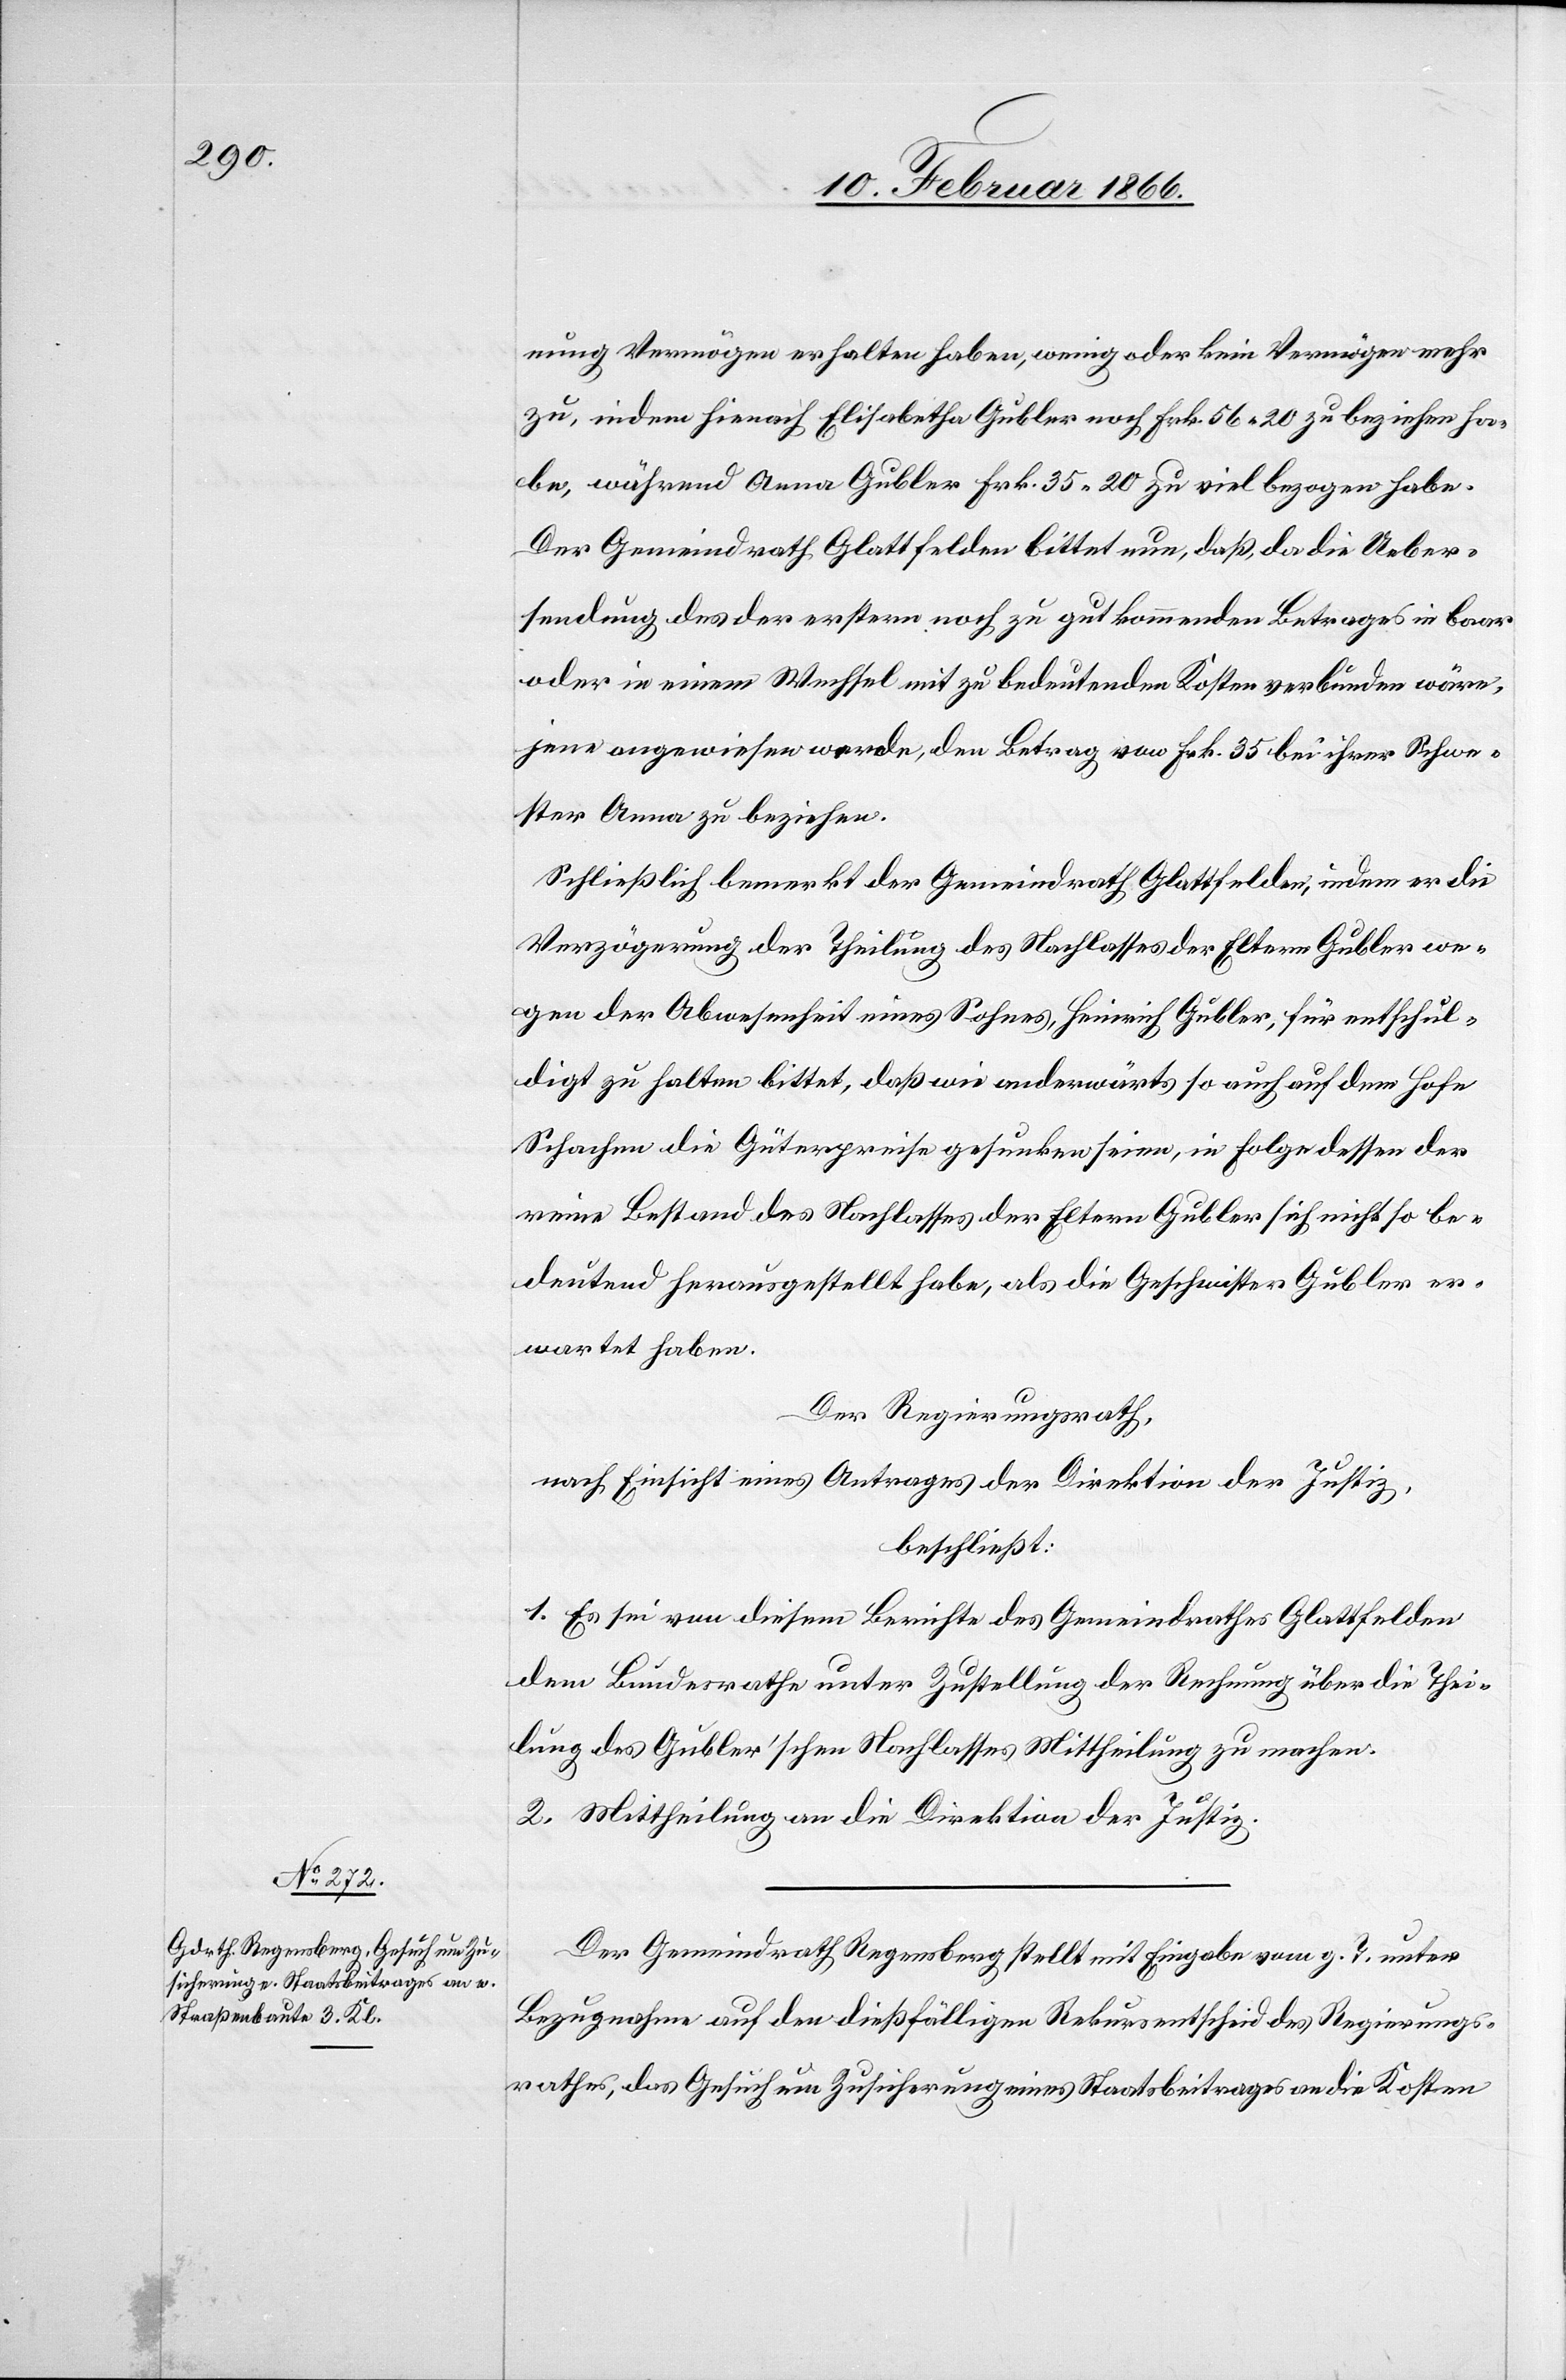
21. Februar 1866.]
nung Vermögen erhalten haben, wenig oder kein Vermögen mehr
zu, indem hierauf Elisabetha Gubler noch Frk. 56, 20 zu beziehen ha¬
be, während Anna Gubler Frk. 35, 20 zu viel bezogen habe.
Der Gemeindrath Glattfelden bittet nun, da die Ueber¬
sendung des der erstern noch zu gut kommenden Betrages in baar
oder einem Wechsel mit zu bedeutenden Kosten verbunden wäre,
jene angewiesen werde, den Betrag von Frk. 35 bei ihrer Schwe¬
ster Anna zu beziehen.
Schließlich bemerkt der Gemeindrath Glattfelden, indem er die
Verzögerung der Theilung des Nachlasses der Eltern Gubler we¬
gen der Abwesenheit eines Sohnes, Heinrich Gubler, für entschul¬
digt zu halten bittet, daß wie anderwärts so auch auf dem Hofe
Schachen die Güterpreise gesenkt seien, in Folge dessen der
reine Bestand des Nachlasses der Eltern Gubler sich nicht so be¬
deutend herausgestellt habe, als die Geschwister Gubler er¬
wartet haben.
Der Regierungsrath,
nach Einsicht eines Antrages der Direktion der Justiz,
beschließt:
1. Es sei von diesem Berichte des Gemeindrathes Glattfelden
dem Bundesrathe unter Zustellung der Rechnung über die Thei¬
lung des Gubler’schen Nachlasses Mittheilung zu machen.
2. Mittheilung an die Direktion der Justiz.
Der Gemeindrath Regensberg stellt mit Eingabe vom g. T. unter
Bezugnahme auf den dießfälligen Rekursentscheid des Regierungs¬
rathes, das Gesuch um Zusicherung eines Staatsbeitrages an die Kosten